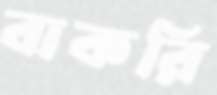
বাকরি